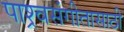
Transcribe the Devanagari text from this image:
पाश्र्वसंगीतासाठी